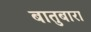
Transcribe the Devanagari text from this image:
बातुबारा